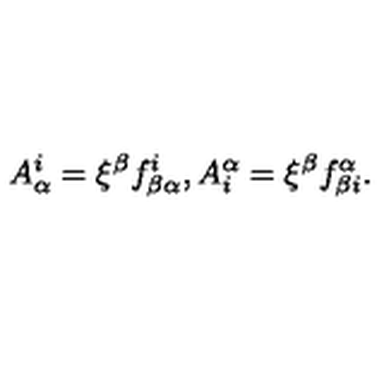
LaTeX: A _ { \alpha } ^ { i } = \xi ^ { \beta } f _ { \beta \alpha } ^ { i } , A _ { i } ^ { \alpha } = \xi ^ { \beta } f _ { \beta i } ^ { \alpha } .